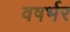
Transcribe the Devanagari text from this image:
वषर्भर